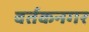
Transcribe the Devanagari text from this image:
वर्तकनगर